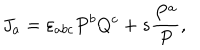
J _ { a } = \varepsilon _ { a b c } P ^ { b } Q ^ { c } + s \frac { P ^ { a } } { P } ,